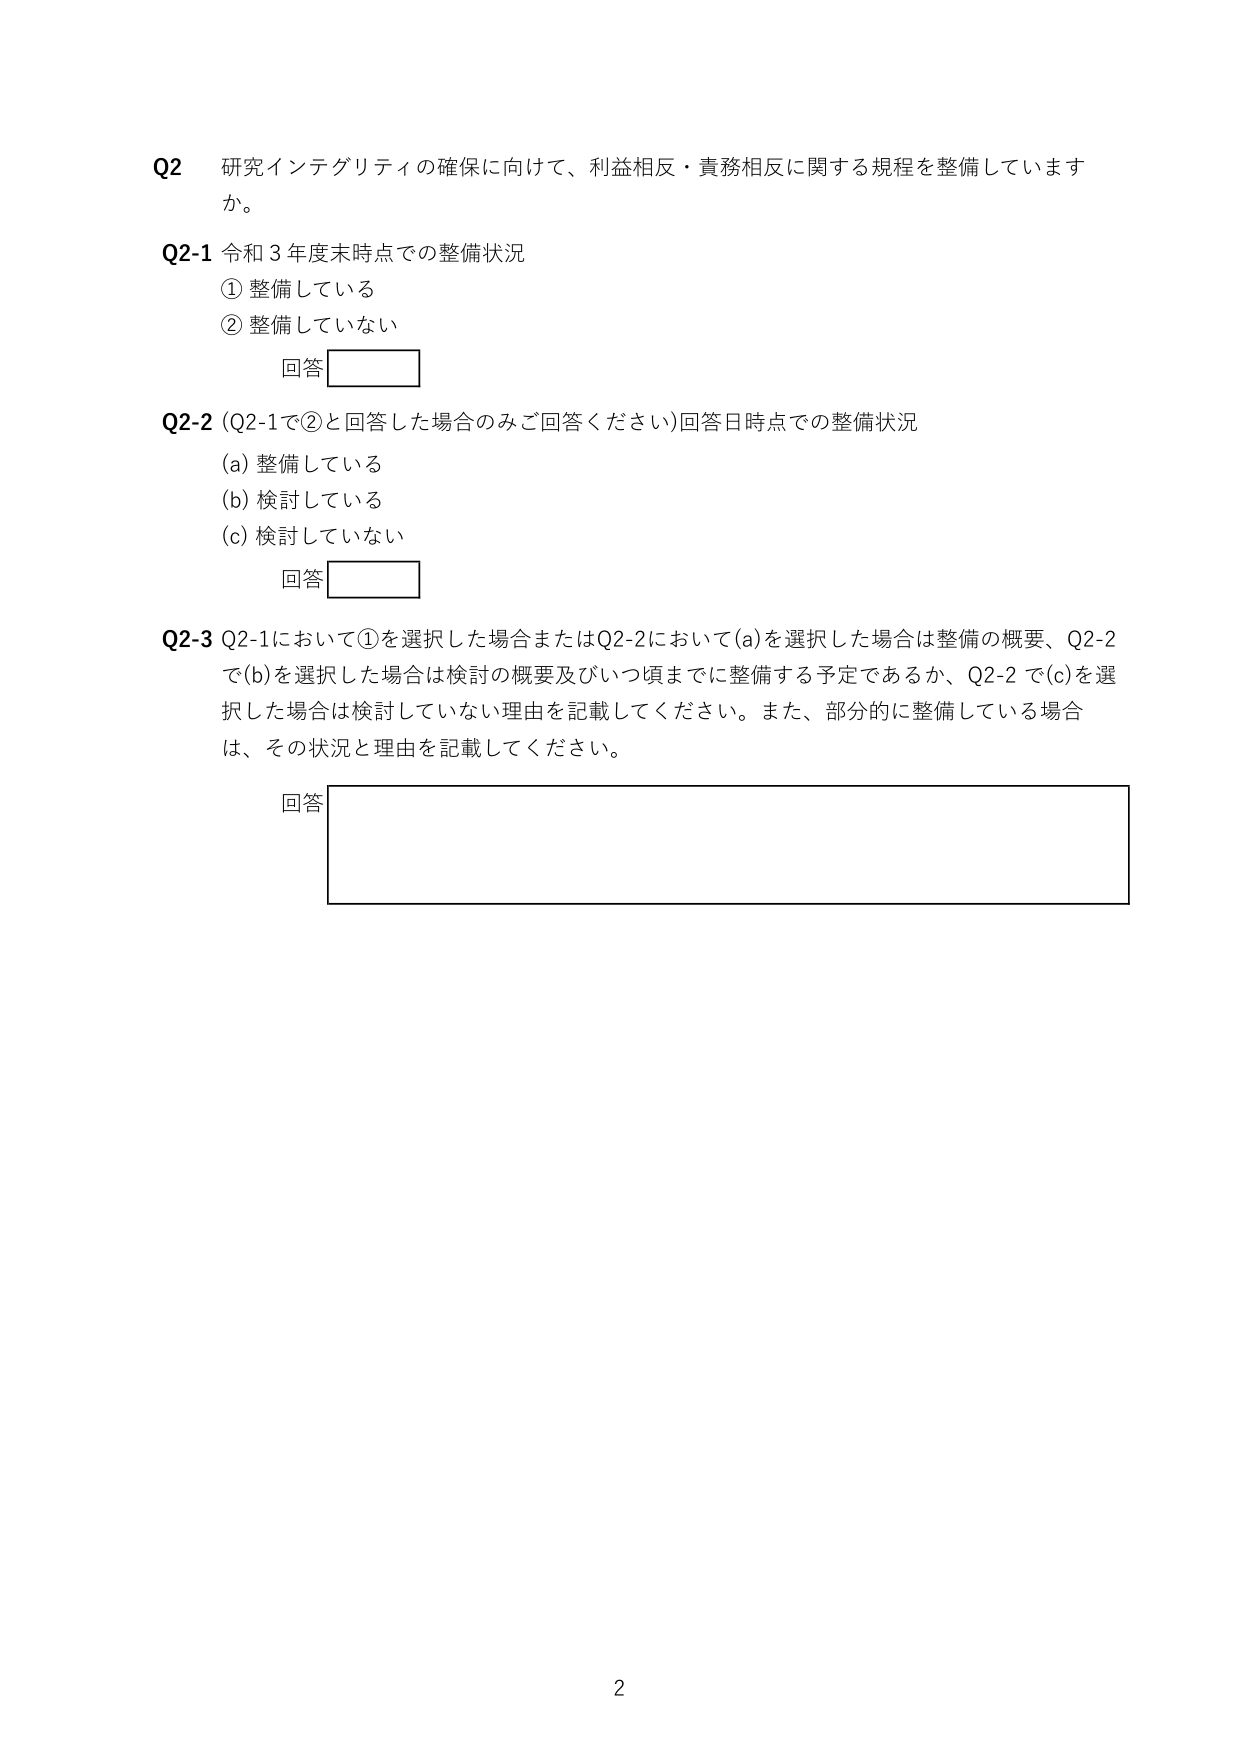
Q2 研究インテグリティの確保に向けて、利益相反・責務相反に関する規程を整備していますか。

Q2-1 令和3年度末時点での整備状況
① 整備している
② 整備していない
回答

Q2-2 (Q2-1で②と回答した場合のみご回答ください) 回答日時点での整備状況
(a) 整備している
(b) 検討している
(c) 検討していない
回答

Q2-3 Q2-1において①を選択した場合またはQ2-2において(a)を選択した場合は整備の概要、Q2-2で(b)を選択した場合は検討の概要及びいつ頃までに整備する予定であるか、Q2-2で(c)を選択した場合は検討していない理由を記載してください。また、部分的に整備している場合は、その状況と理由を記載してください。
回答

2